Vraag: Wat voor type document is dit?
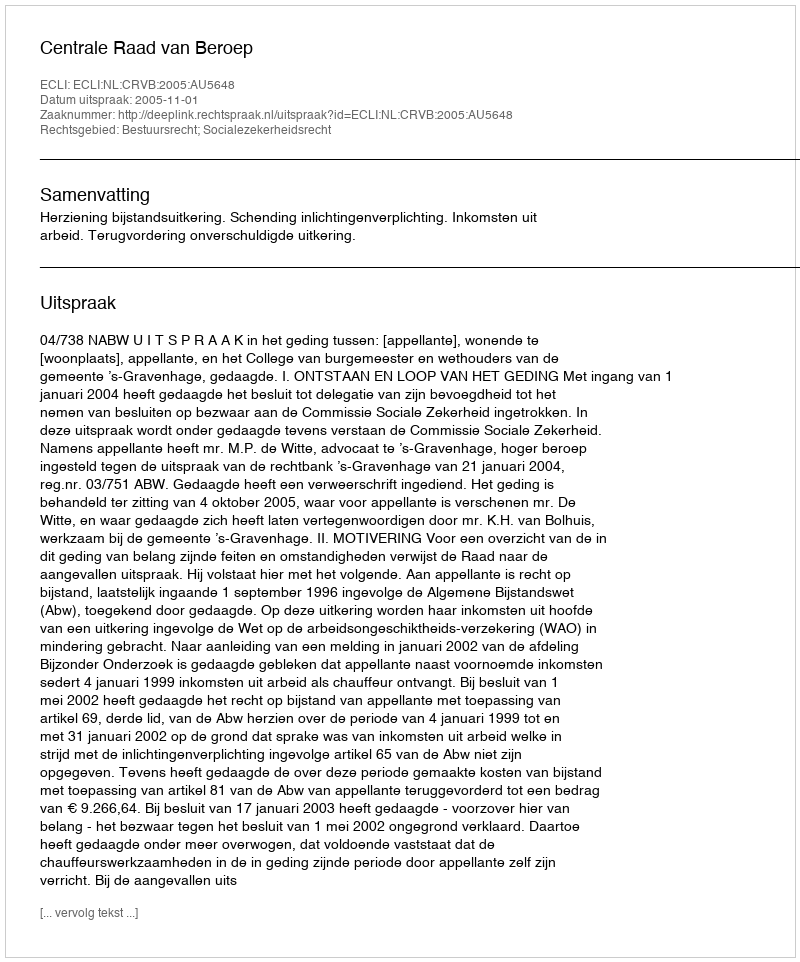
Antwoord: Uitspraak